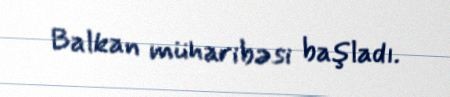
Balkan müharibəsi başladı.